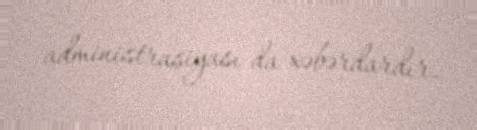
administrasiyası da xəbərdardır.